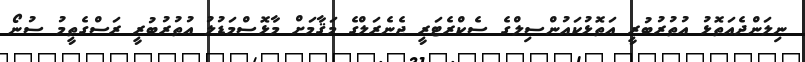
ނިލަންދެއަތޮޅު އުތުރުބުރީ އަތޮޅުކައުންސިލްގެ ސެކްރެޓަރީ ޖެނެރަލްގެ މަޤާމަށް މާޅޮސްމަޑުލު އުތުރުބުރީ ރަސްގެތީމު ސުނޯ